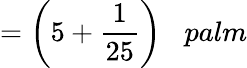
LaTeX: ={\bigg(}5+{\frac{1}{25}}{\bigg)}\; \; \; palm